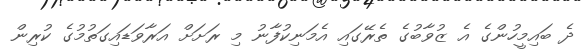
ދެ ބައިމީހުންގެ އެ ޒުވާބުގެ ތެރޭގައި އެމަނިކުފާނު މި ރަށަށް އަރާވަޑައިގަތުމުގެ ކުރިން